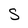
Character: S